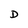
Character: D